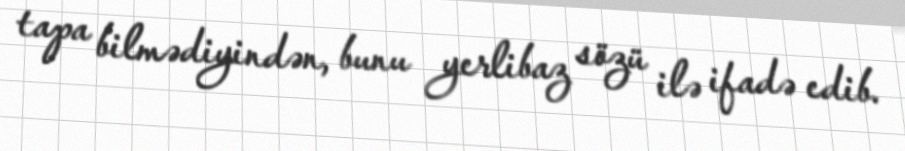
tapa bilmədiyindən, bunu yerlibaz sözü ilə ifadə edib.